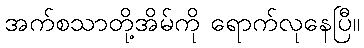
အက်စသာတို့အိမ်ကို ရောက်လုနေပြီ။